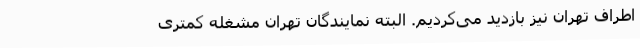
اطراف تهران نیز بازدید می‌کردیم. البته نمایندگان تهران مشغله کمتری